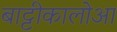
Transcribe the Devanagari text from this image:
बाट्टीकालोआ